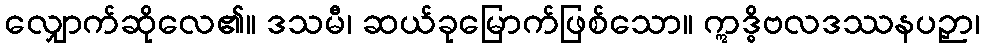
လျှောက်ဆိုလေ၏။ ဒသမီ၊ ဆယ်ခုမြောက်ဖြစ်သော။ ဣဒ္ဓိဗလဒဿနပဉှာ၊